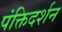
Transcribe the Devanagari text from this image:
पंक्तिदर्शन